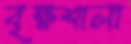
বৃক্ষশালা